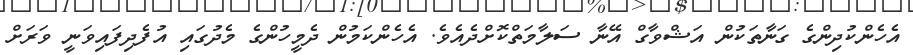
އެހެންކުދިންގެ ގަނާތަކުން އަޝްވާގް އޭނާ ސަލާމަތްކޮށްދެއެވެ. އެހެންކަމުން ދެމީހުންގެ މެދުގައި އުފެދިފައިވަނީ ވަރަށް